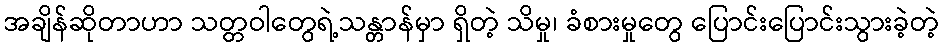
အချိန်ဆိုတာဟာ သတ္တဝါတွေရဲ့သန္တာန်မှာ ရှိတဲ့ သိမှု၊ ခံစားမှုတွေ ပြောင်းပြောင်းသွားခဲ့တဲ့